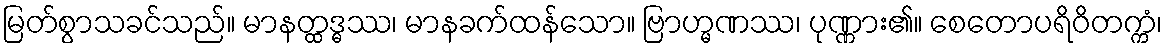
မြတ်စွာသခင်သည်။ မာနတ္ထဒ္ဓဿ၊ မာနခက်ထန်သော။ ဗြာဟ္မဏဿ၊ ပုဏ္ဏား၏။ စေတောပရိဝိတက္ကံ၊